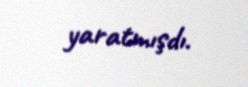
yaratmışdı.